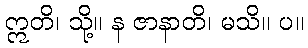
ဣတိ၊ သို့။ န ဇာနာတိ၊ မသိ။ ပ။